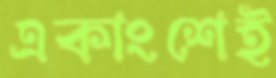
একাংশেই